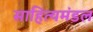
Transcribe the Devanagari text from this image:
साहित्यमंडल